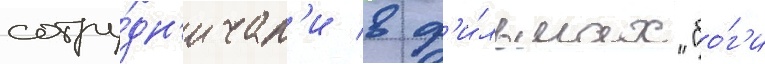
сотру́дн'ичал'и в ф'и́льмах "бо́г'и